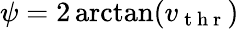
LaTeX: \psi=2\arctan(v_{\mathrm{~t~h~r~}})